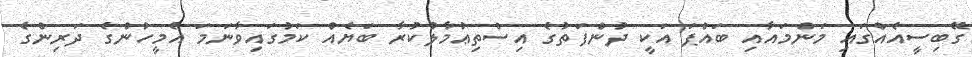
ގޭބިސީއެއްގައި މަންމައާއި ބައްޕަ އަކީ ދުންފަތުގެ އިސްތިޢުމާލުކުރާ ބަޔެއް ކަމުގައިވާނަމަ އެމީހުންގެ ދަރިންގެ